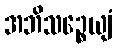
အဘိသဉ္စေယျံ